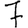
Digit: 7